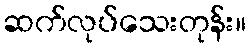
ဆက်လုပ်သေးတုန်း။